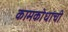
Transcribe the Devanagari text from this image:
कामकोधांची